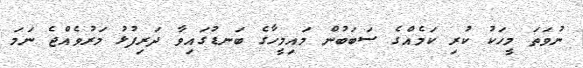
ނުވަތަ މީހަކު ކުރި ކަމެއްގެ ސަބަބުން މައިމީހާގެ ބަނޑުގައިވާ ދަރިފުޅު މަރުވެއްޖެ ނަމަ